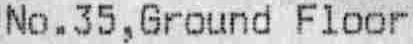
NO.35,GROUND FLOOR